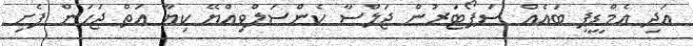
އަދި އެމްޑީޕީ ބައެއް ސަޕޯޓަރުން ޖަލްސާ ކެންސަލްވިއްޔޭ ކިޔާ އަތް ޖަހަން ފެށި